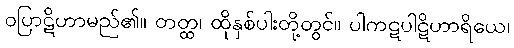
ဝပြာဋိဟာမည်၏။ တတ္ထ၊ ထိုနှစ်ပါးတို့တွင်။ ပါကဋပါဋိဟာရိယေ၊